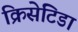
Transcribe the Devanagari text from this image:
क्रिसेटिडा